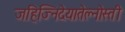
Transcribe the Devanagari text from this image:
जहिज्निदेयातेल्नोस्ती